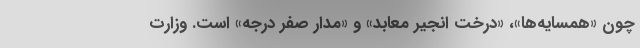
چون «همسایه‌ها»، «درخت انجیر معابد» و «مدار صفر درجه» است. وزارت